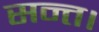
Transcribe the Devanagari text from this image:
सन्त।